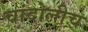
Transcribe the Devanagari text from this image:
चांदोलीच